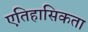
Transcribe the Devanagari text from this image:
एतिहासिकता